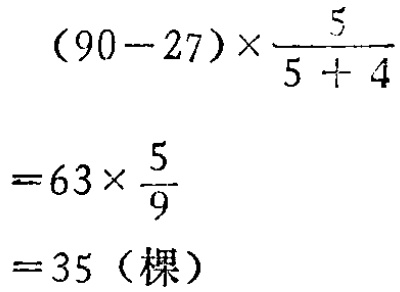
\[

\begin{align*}

&(90 - 27)\times\frac{5}{5 + 4}\\

=&63\times\frac{5}{9}\\

=&35 (\text{棵})

\end{align*}

\]